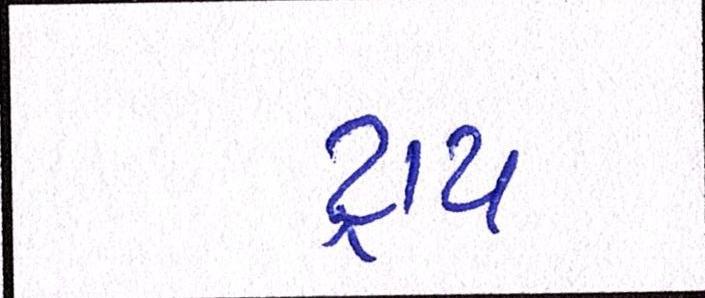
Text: ટ્રાય